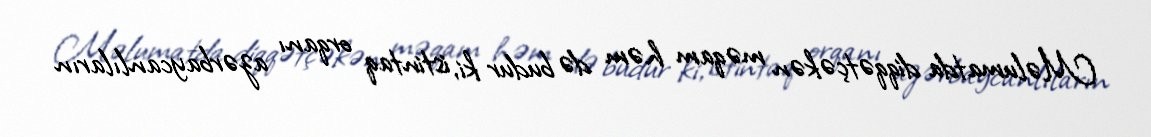
Məlumatda diqqətçəkən məqam həm də budur ki, istintaq orqanı azərbaycanlıların